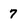
Character: 7